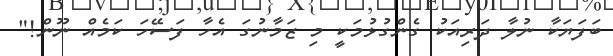
ބަފަޔަކާ ނުލާ ދަރިއަކު ގެންގުޅުމަކީ މި ޒަމާނުގަ އެހާ ފަސޭހަ ކަމެއް ނޫން!"